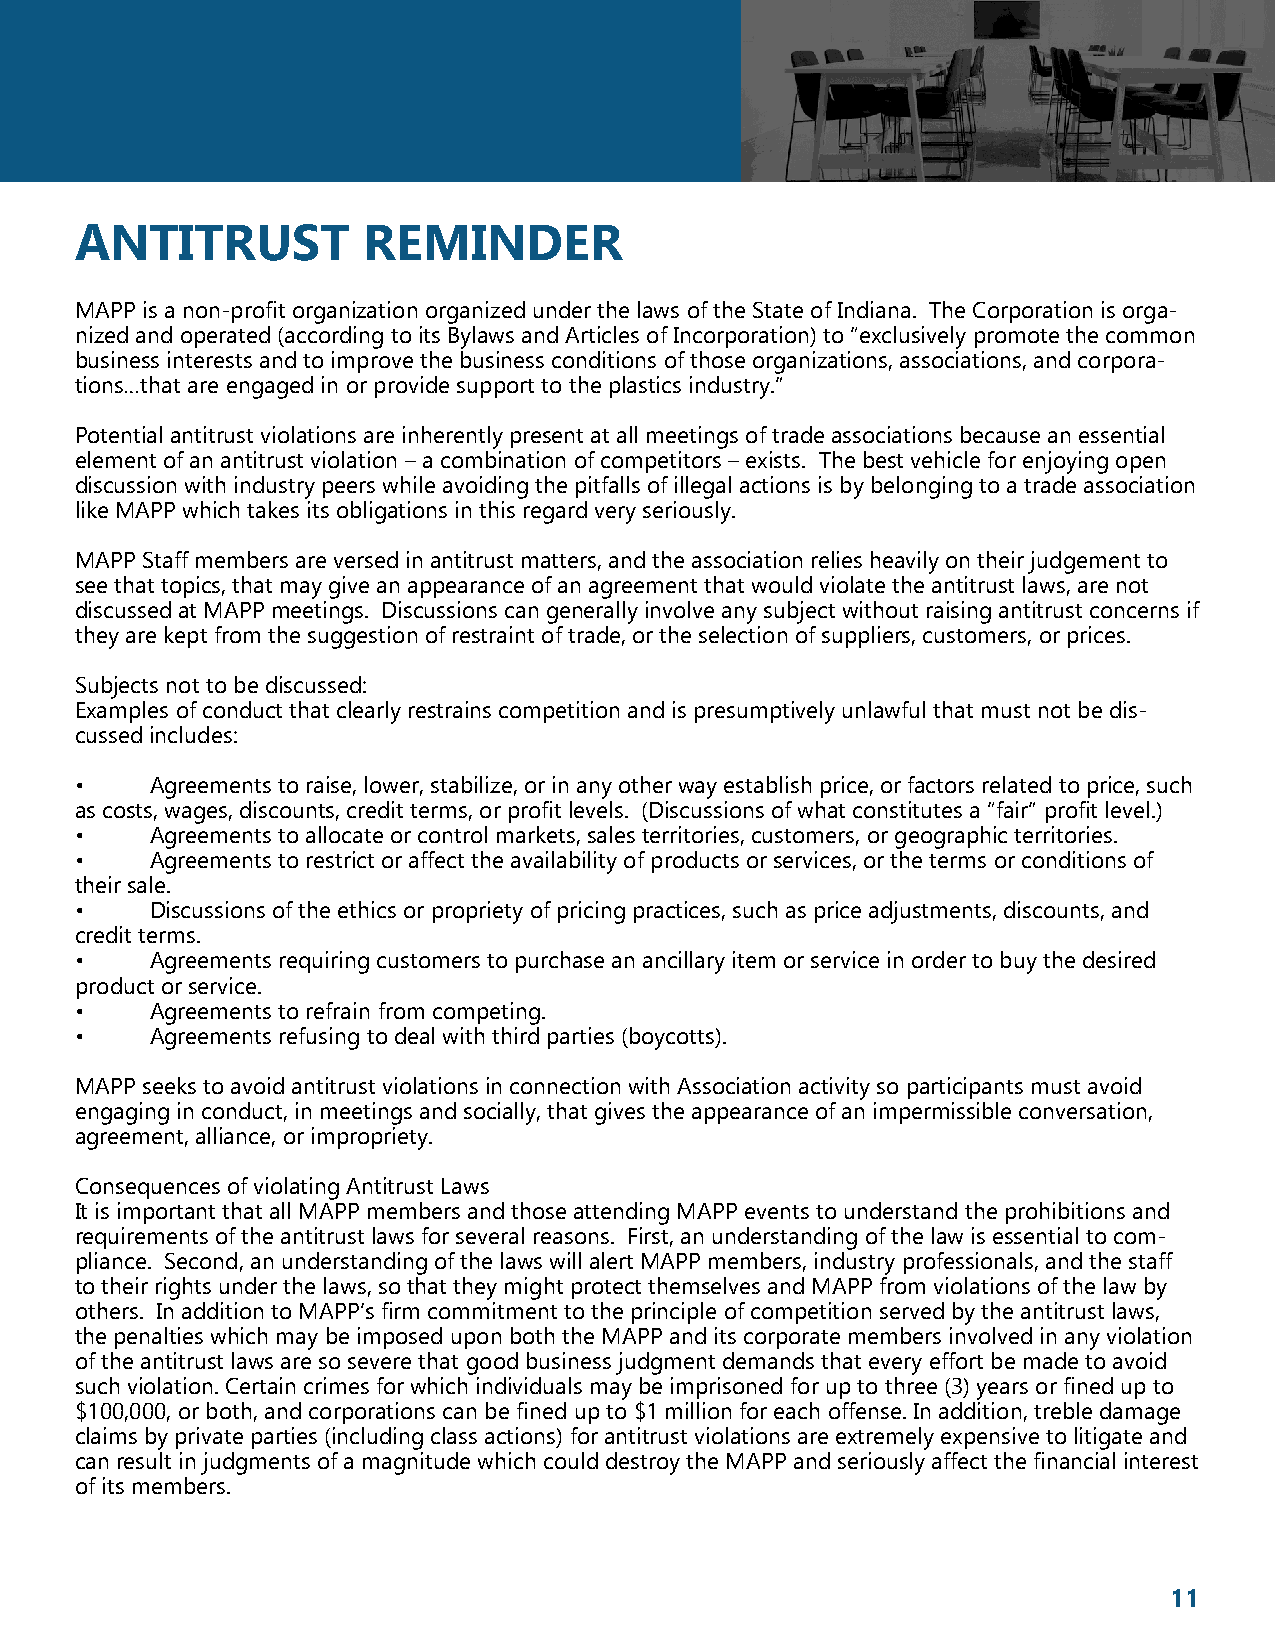
ANTITRUST          REMINDER
 MAPP is a non-profit organization organized under the laws of the State of Indiana. The Corporation is orga-
 nized and operated (according to its Bylaws and Articles of Incorporation) to “exclusively promote the common
 business interests and to improve the business conditions of those organizations, associations, and corpora-
 tions…that are engaged in or provide support to the plastics industry.”
 Potential antitrust violations are inherently present at all meetings of trade associations because an essential
 element of an antitrust violation – a combination of competitors – exists. The best vehicle for enjoying open
 discussion with industry peers while avoiding the pitfalls of illegal actions is by belonging to a trade association
 like MAPP which takes its obligations in this regard very seriously.
 MAPP Staff members are versed in antitrust matters, and the association relies heavily on their judgement to
 see that topics, that may give an appearance of an agreement that would violate the antitrust laws, are not
 discussed at MAPP meetings. Discussions can generally involve any subject without raising antitrust concerns if
 they are kept from the suggestion of restraint of trade, or the selection of suppliers, customers, or prices.
 Subjects not to be discussed:
 Examples of conduct that clearly restrains competition and is presumptively unlawful that must not be dis-
 cussed includes:
 •    Agreements to raise, lower, stabilize, or in any other way establish price, or factors related to price, such
 as costs, wages, discounts, credit terms, or profit levels. (Discussions of what constitutes a “fair” profit level.)
 •    Agreements to allocate or control markets, sales territories, customers, or geographic territories.
 •    Agreements to restrict or affect the availability of products or services, or the terms or conditions of
 their sale.
 •    Discussions of the ethics or propriety of pricing practices, such as price adjustments, discounts, and
 credit terms.
 •    Agreements requiring customers to purchase an ancillary item or service in order to buy the desired
 product or service.
 •    Agreements to refrain from competing.
 •    Agreements refusing to deal with third parties (boycotts).
 MAPP seeks to avoid antitrust violations in connection with Association activity so participants must avoid
 engaging in conduct, in meetings and socially, that gives the appearance of an impermissible conversation,
 agreement, alliance, or impropriety.
 Consequences of violating Antitrust Laws
 It is important that all MAPP members and those attending MAPP events to understand the prohibitions and
 requirements of the antitrust laws for several reasons. First, an understanding of the law is essential to com-
 pliance. Second, an understanding of the laws will alert MAPP members, industry professionals, and the staff
 to their rights under the laws, so that they might protect themselves and MAPP from violations of the law by
 others. In addition to MAPP’s firm commitment to the principle of competition served by the antitrust laws,
 the penalties which may be imposed upon both the MAPP and its corporate members involved in any violation
 of the antitrust laws are so severe that good business judgment demands that every effort be made to avoid
 such violation. Certain crimes for which individuals may be imprisoned for up to three (3) years or fined up to
 $100,000, or both, and corporations can be fined up to $1 million for each offense. In addition, treble damage
 claims by private parties (including class actions) for antitrust violations are extremely expensive to litigate and
 can result in judgments of a magnitude which could destroy the MAPP and seriously affect the financial interest
 of its members.
 11